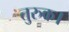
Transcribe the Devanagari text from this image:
तुरुक।